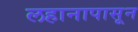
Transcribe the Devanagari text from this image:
लहानापासून